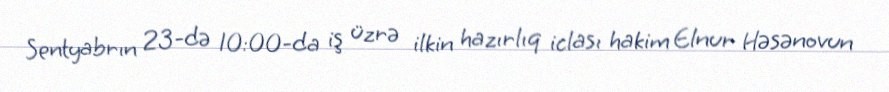
Sentyabrın 23-də 10:00-da iş üzrə ilkin hazırlıq iclası hakim Elnur Həsənovun